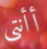
أأنتي